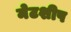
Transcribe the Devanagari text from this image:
मेटशीप